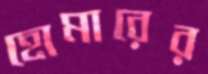
হোমারের